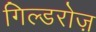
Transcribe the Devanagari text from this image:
गिल्डरोज़